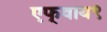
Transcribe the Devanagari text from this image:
एफ्‌वाय९